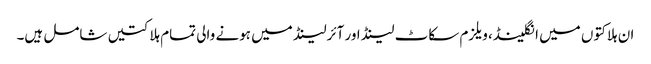
ا ن ہلاکتوں میں انگلینڈ، ویلزم سکاٹ لینڈ اور آئرلینڈ میں ہونے والی تمام ہلاکتیں شامل ہیں۔